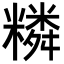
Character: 𥼭